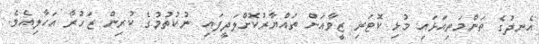
އެނދުގެ ތަންމަތިއަޅައި މުޅި ކޮޓަރި ޒީވާއަށް ތައްޔާރުކޮށްލަދީފައި ނުކުތުމުގެ ކުރިން ޒަހުރާ އަހާލިއެވެ.